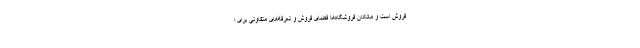
فروش است و مالکان فروشگاه‌ها فضای فروش و تعرفه‌های متفاوتی برای ا